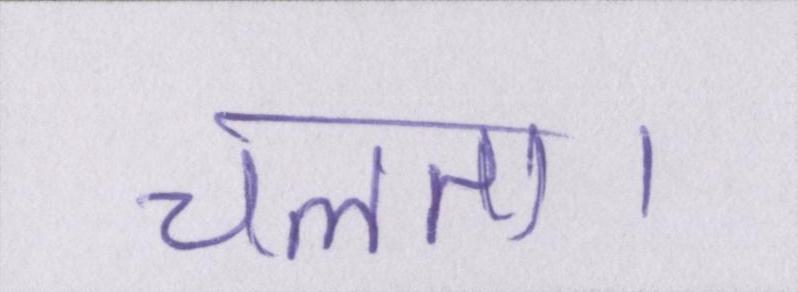
चलता।